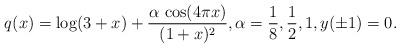
LaTeX: \begin{align*}q(x) = \log(3+x) + \frac{\alpha\,\cos(4\pi x)}{(1+x)^2}, \alpha =\frac{1}8,\frac{1}2,1, y(\pm 1) =0.\end{align*}